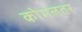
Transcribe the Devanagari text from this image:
कोमलतर